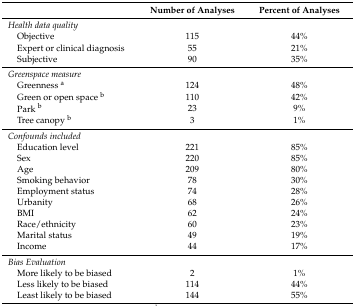
|  | Number of Analyses | Percent of Analyses |
 | --- | --- | --- |
 | Health data quality |  |  |
 | Objective | 115 | 44% |
 | Expert or clinical diagnosis | 55 | 21% |
 | Subjective | 90 | 35% |
 | Greenspace measure |  |  |
 | Greenness a | 124 | 48% |
 | Green or open space b | 110 | 42% |
 | Park b | 23 | 9% |
 | Tree canopy b | 3 | 1% |
 | Confounds included |  |  |
 | Education level | 221 | 85% |
 | Sex | 220 | 85% |
 | Age | 209 | 80% |
 | Smoking behavior | 78 | 30% |
 | Employment status | 74 | 28% |
 | Urbanity | 68 | 26% |
 | BMI | 62 | 24% |
 | Race/ethnicity | 60 | 23% |
 | Marital status | 49 | 19% |
 | Income | 44 | 17% |
 | Bias Evaluation |  |  |
 | More likely to be biased | 2 | 1% |
 | Less likely to be biased | 114 | 44% |
 | Least likely to be biased | 144 | 55% |